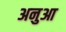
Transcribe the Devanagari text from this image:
अनुआ